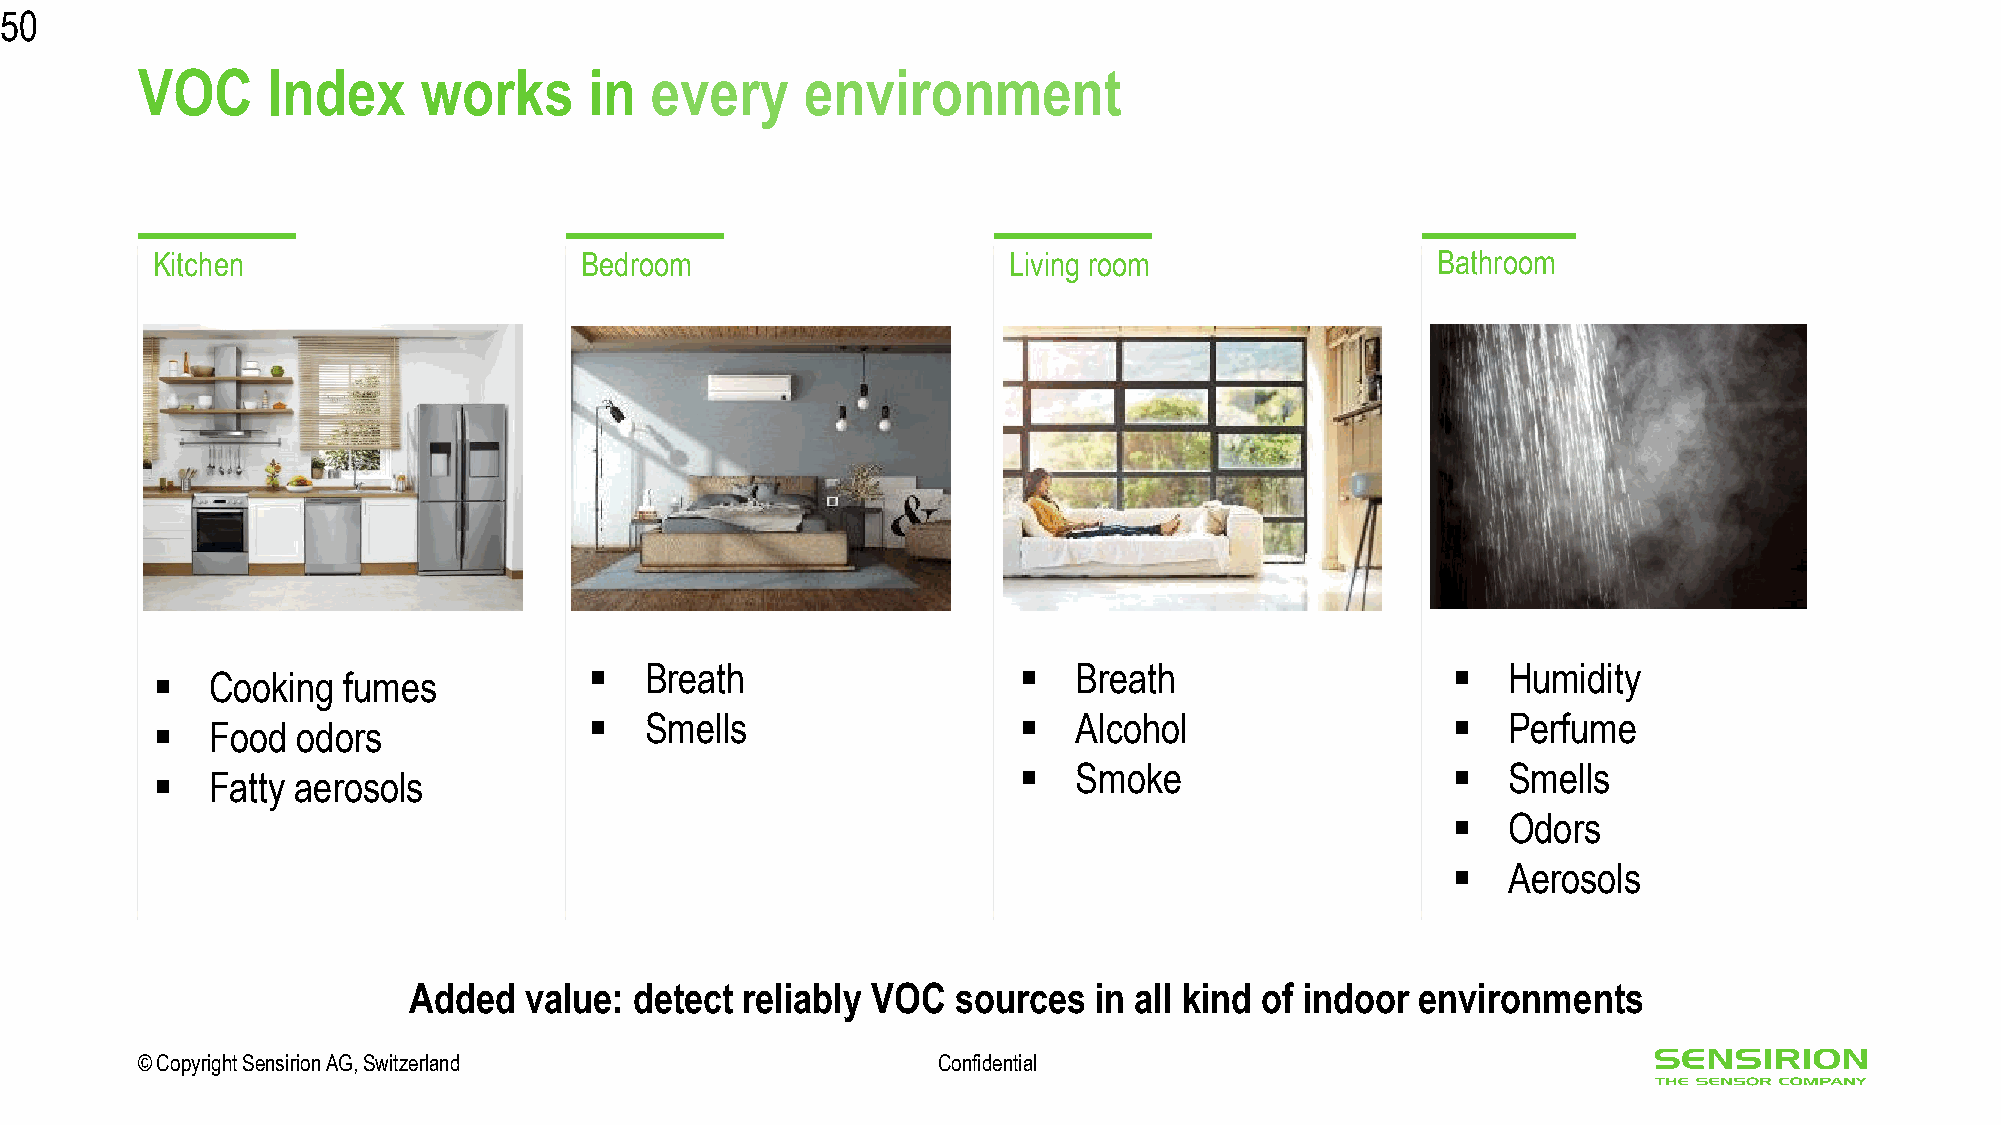
50
 VOC      Index     works      in  every     environment
 Kitchen                     Bedroom                      Living room                 Bathroom
 ▪   Breath                  ▪   Breath                   ▪   Humidity
 ▪   Cooking  fumes
 ▪   Smells                  ▪   Alcohol                  ▪   Perfume
 ▪   Food  odors
 ▪   Smoke                    ▪   Smells
 ▪   Fatty aerosols
 ▪   Odors
 ▪   Aerosols
 Added   value: detect reliably VOC  sources   in all kind of indoor environments
 © Copyright Sensirion AG, Switzerland                Confidential